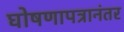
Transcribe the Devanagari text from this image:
घोषणापत्रानंतर